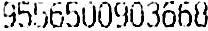
9556500903668